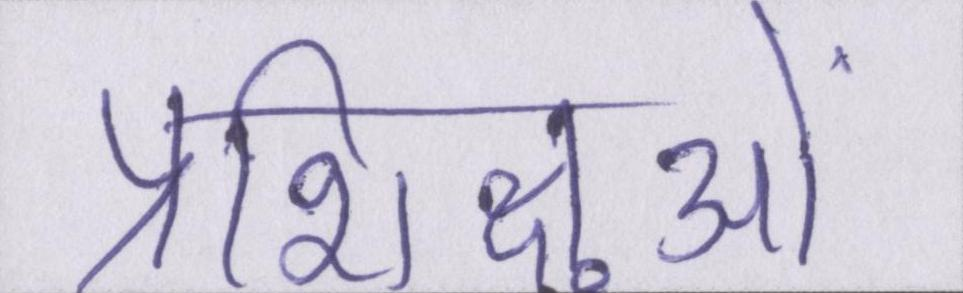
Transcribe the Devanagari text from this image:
प्रशिक्षुओं